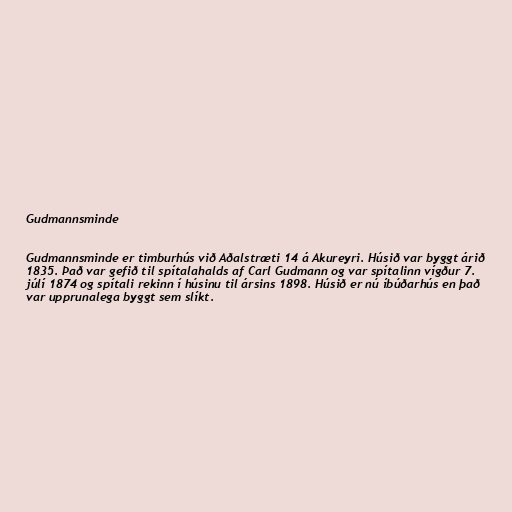
Gudmannsminde

Gudmannsminde er timburhús við Aðalstræti 14 á Akureyri. Húsið var byggt árið
1835. Það var gefið til spítalahalds af Carl Gudmann og var spítalinn vígður 7.
júlí 1874 og spítali rekinn í húsinu til ársins 1898. Húsið er nú íbúðarhús en það
var upprunalega byggt sem slíkt.